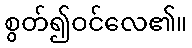
စွတ်၍ဝင်လေ၏။